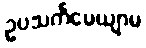
ဥပသင်္ကမေယျာမ